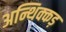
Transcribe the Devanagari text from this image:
अन्थिक्कड़